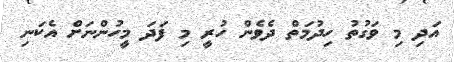
އަދި މި ވަގުތު ހިދުމަތް ދެވެން ހުރީ މި ފަދަ މީހުންނަށް އެކަނި